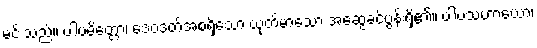
မင်းသည်။ ပါပမိတ္တော၊ ဒေဝဒတ်အစရှိသော ယုတ်မာသော အဆွေခင်ပွန်းရှိ၏။ ပါပသဟာယော၊